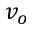
v _ { o }